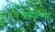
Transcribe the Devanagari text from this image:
आक्‍सीक्‍लोराइड